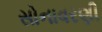
સોનાવરણી